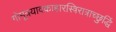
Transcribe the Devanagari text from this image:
गोमूत्रयावकाहारस्त्रिरात्राच्छुद्धिं